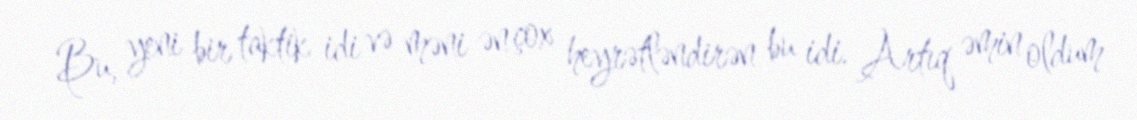
Bu, yeni bir taktik idi və məni ən çox heyrətləndirən bu idi. Artıq əmin oldum